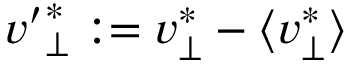
{ v ^ { \prime } } _ { \perp } ^ { \ast } : = { v } _ { \perp } ^ { \ast } - \langle { v } _ { \perp } ^ { \ast } \rangle